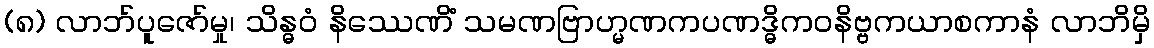
(၈) လာဘ်ပူဇော်မှု၊ သိန္ဓဝံ နိဿေဏိံ သမဏဗြာဟ္မဏကပဏဒ္ဓိကဝနိဗ္ဗကယာစကာနံ လာဘိမှိ